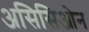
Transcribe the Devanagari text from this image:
असिसिओन